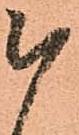
被